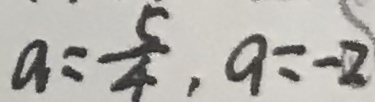
a = \frac { 5 } { 4 } , a = - 2